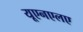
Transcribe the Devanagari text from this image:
यूएनएलए